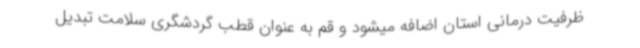
ظرفیت درمانی استان اضافه میشود و قم به عنوان قطب گردشگری سلامت تبدیل